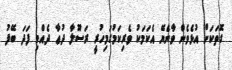
ގޮތަކަށް އުޅެވެން ވާނެޔޭ އެކަމަކު ވެރިކަމުގަމިހުރީ ރަސޫލާ ދުޢާ ދެއްވި ފަދަ ބޭފު